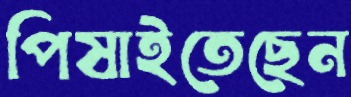
পিষাইতেছেন